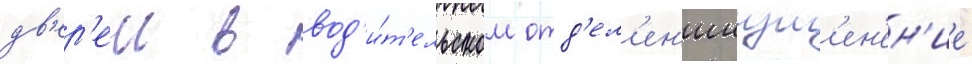
дв'ер'еи в вод'и́т'ельском отд'ел'ен'ииизм'ен'ен'ие